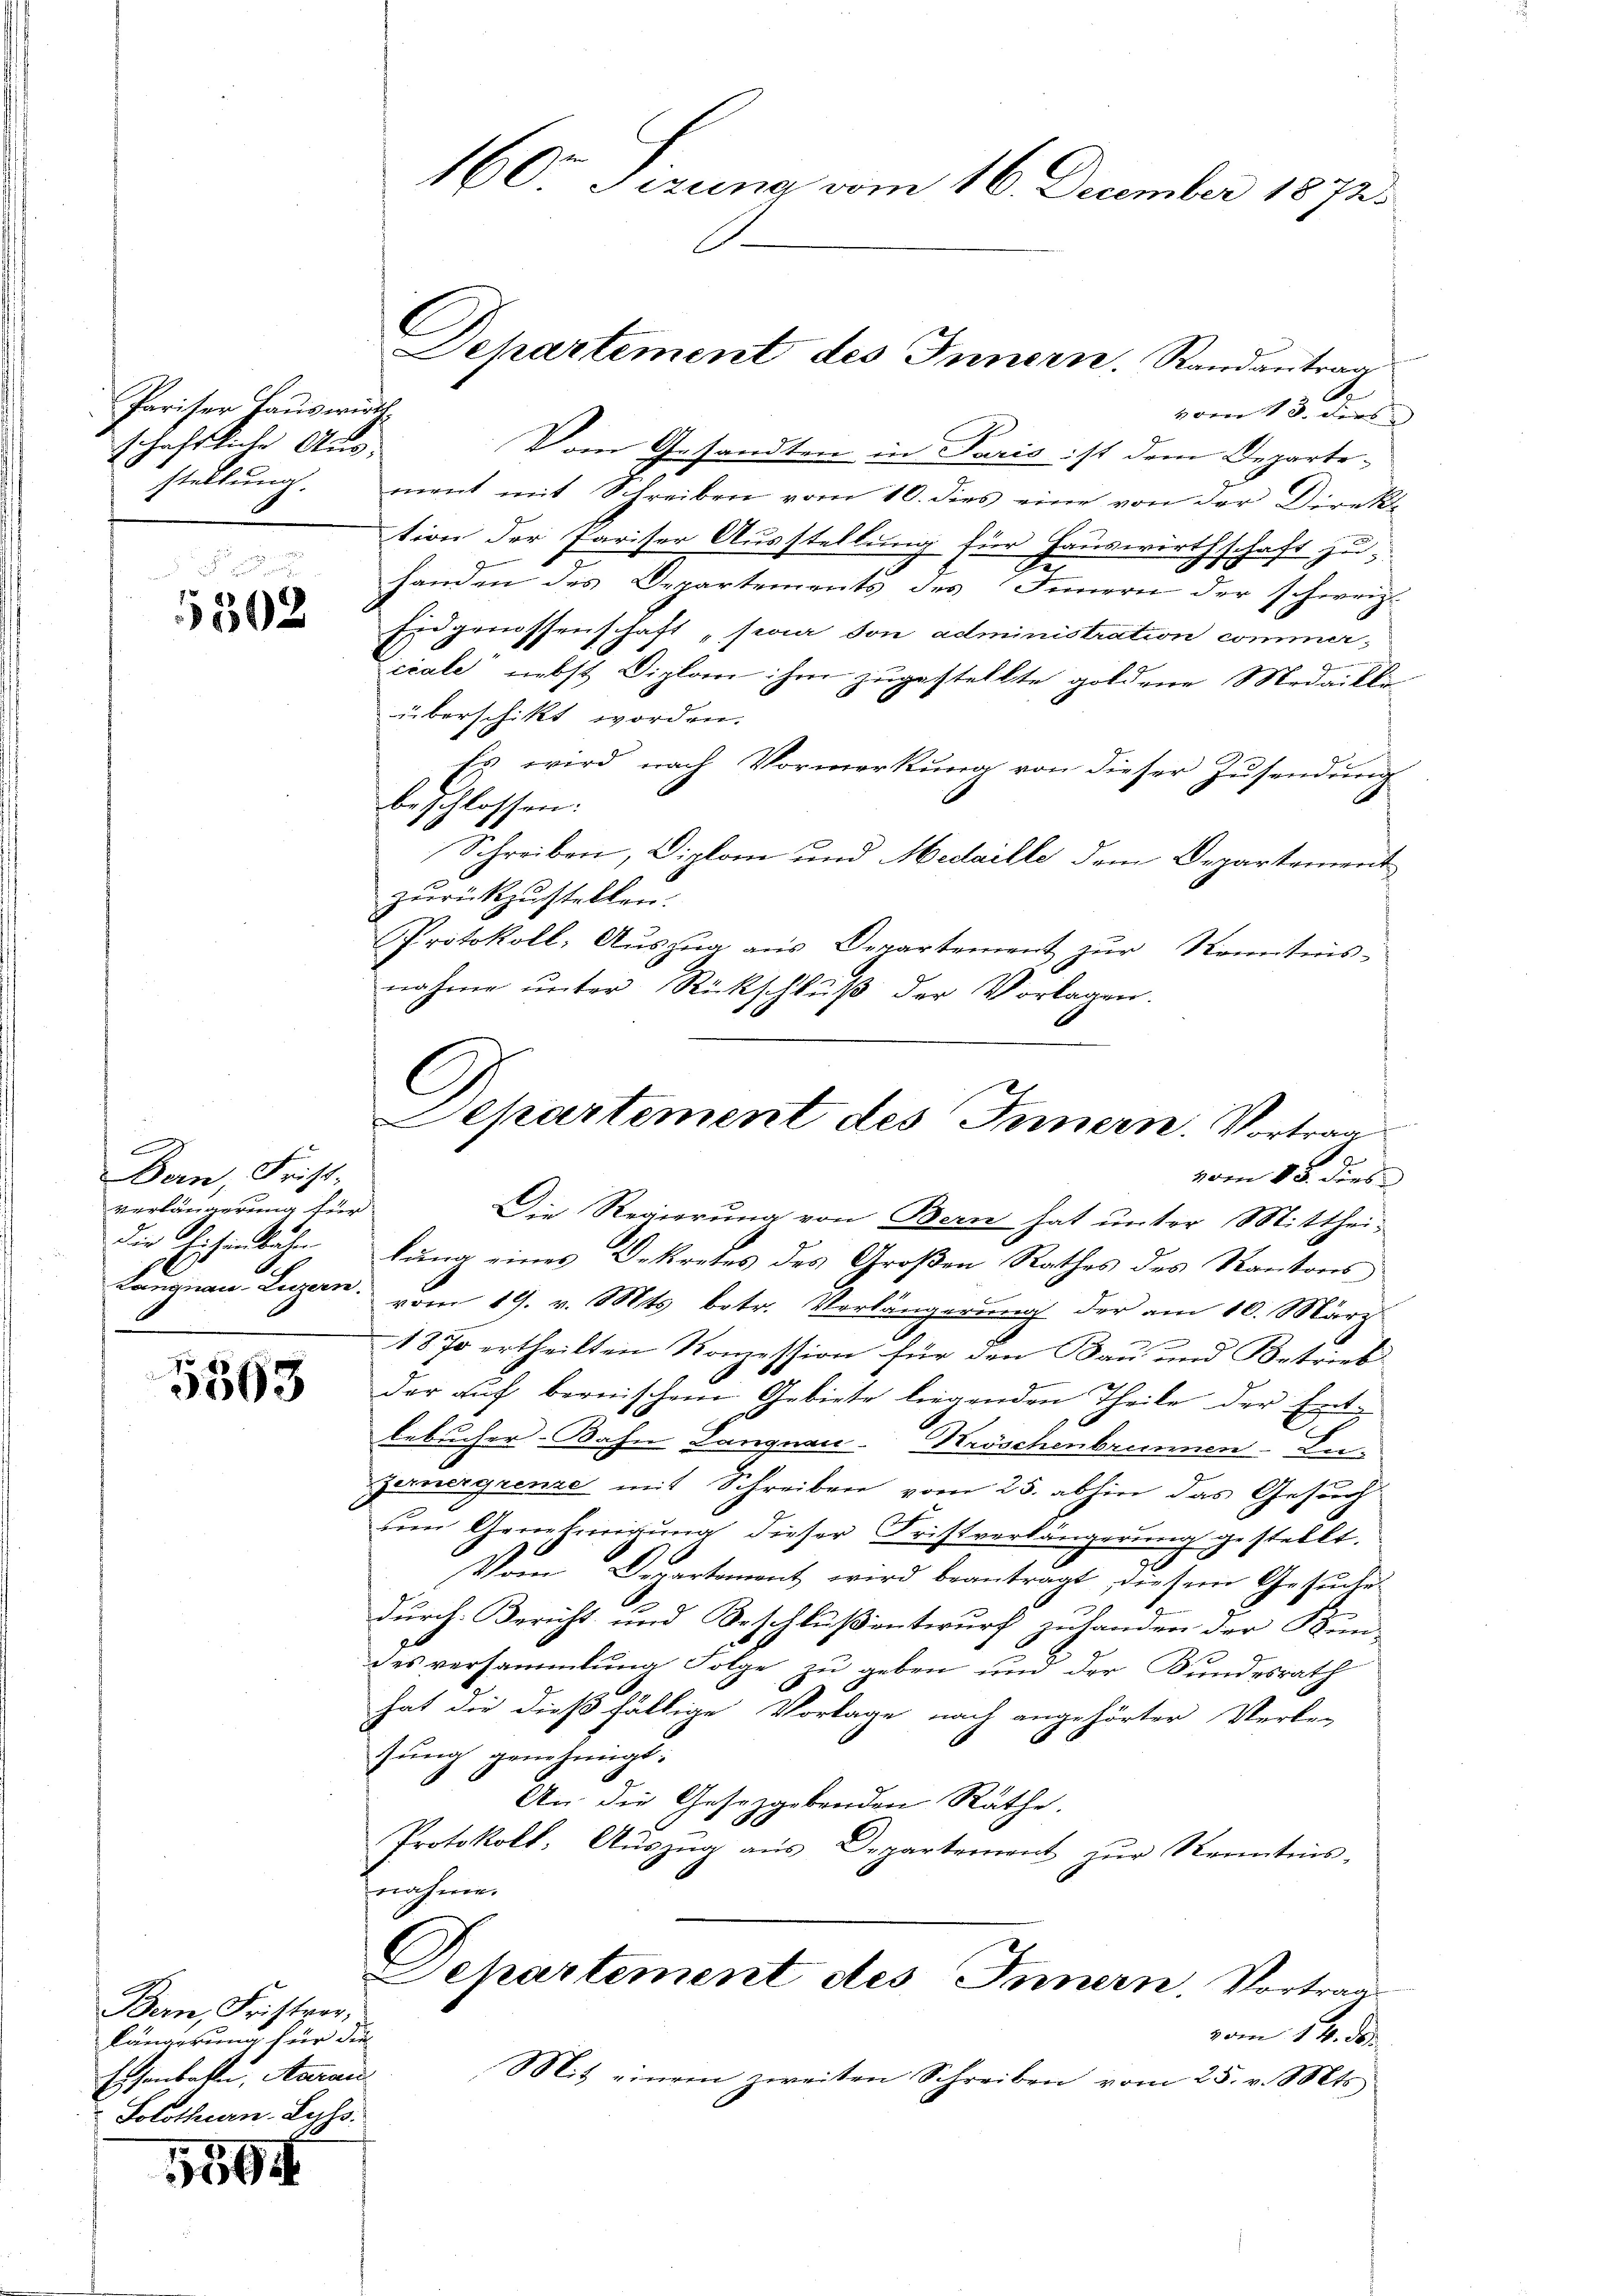
Pariser Hauswirthschaftliche Aus-
stellung.

502

e
Bern, Frist-
verlängerung für
Die Eichenbahn

5563

Bern, Fristrer,
längerung für die
Eisenbatte, Aarau
Solothurn, Lohs.

1599

160 Tirung vom 16. December 1872.

vom 13. der
Vom Gesandten in Paris ist dem Departement mit Schreiben vom 10. dies eine von der Direkt
tion der Pariser Ausstellung für Hauswirthschaft zu-
de
handen des Departements des Innern der schweiz.
Eidgrüssenschaft „paar son administration commer-
icale nebst Diplom ihm zugestellte goldene Medailli
überschikt worden.
Es wird nach Vormerkung von dieser Zusendung
beschlossen:
Schreiben, Diplom und Medaille dem Departement
zŭrückzustellen.
Protokoll, Aŭszŭg ans Departement zŭr Kenntnis-
nahme unter Rückschluß der Vorlagen.
C

Sehartement des Innern. Randantrag

Departement des Innern. Vortrag
u
vom 15. dies
Die Regierung von Bern hat unter Mitthei-

lung eines Dekretes des Großen Rathes des Kantons
Langnau, Luzern vom 19. v. Mts. betr. Verlängerung der am 10. März
1870 ertheilten Konzession für den Bau und Betrieb
der auf bernischen Gebiete liegenden Theile der Ent-
lebucher-Bahn Langnau Kröschenbrunnen Lu-
gernergrenze mit Schreiben vom 25. abhin das Gesuch
um Arretirigung dieser Fristverlängerung gestellt.
Vom Departement wird beanträgt, diesem Gesuche
A
durch Bericht und Beschluß entwurf zuhanden der Stein-
des versammlung Folge zu geben und der Bundesrath
hat die dießfällige Vorlage nach angehörter Verbe-
zung genehmigt.
An die Gesetzgebenden Räthe.
Protokoll: Aŭszŭg aŭs Departement zŭr Kenntnis-
nahme.
Dehartement des Innern, Vortrag
vom 14. des
Mit einem zweiten Schreiben vom 25. v. Mts.